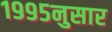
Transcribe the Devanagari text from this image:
१९९५नुसार